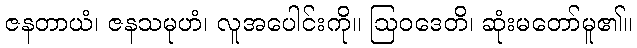
ဇနတာယံ၊ ဇနသမုဟံ၊ လူအပေါင်းကို။ ဩဝဒေတိ၊ ဆုံးမတော်မူ၏။